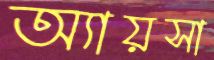
অ্যায়সা